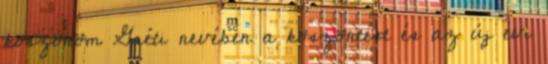
köszönöm Gréti nevében a köszöntést és az új évi